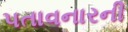
પતાવનારની